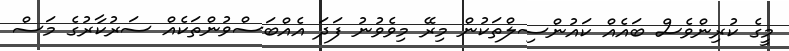
މީގެ ކުރިންވެސް ބައެއް ކައުންސިލްތަކުން މިރޭ މިވެވުނު ފަދަ އެއްބަސްވުންތަކެއް ސަރުކާރުގެ މަސް